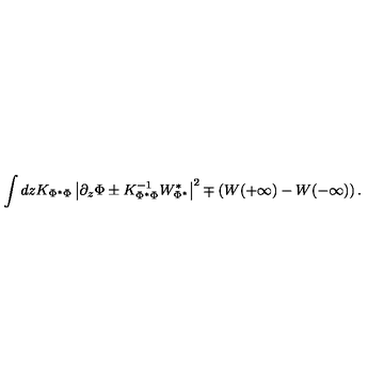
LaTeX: \int d z K _ { \Phi ^ { * } \Phi } \left| \partial _ { z } \Phi \pm K _ { \Phi ^ { * } \Phi } ^ { - 1 } W _ { \Phi ^ { * } } ^ { * } \right| ^ { 2 } \mp \left( W ( + \infty ) - W ( - \infty ) \right) .